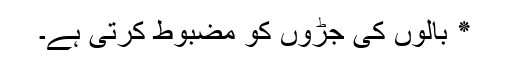
٭ بالوں کی جڑوں کو مضبوط کرتی ہے۔